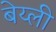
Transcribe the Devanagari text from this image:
बेय्ली